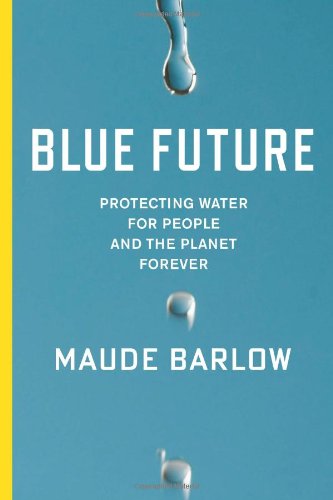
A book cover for Blue Future: Protecting Water for People and the Planet Forever; Maude Barlow; Science & Math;